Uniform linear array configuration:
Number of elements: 16
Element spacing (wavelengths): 0.25
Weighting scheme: hamming
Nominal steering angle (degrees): -15
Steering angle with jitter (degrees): -15.396
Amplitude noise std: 0.05
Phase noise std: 0.05

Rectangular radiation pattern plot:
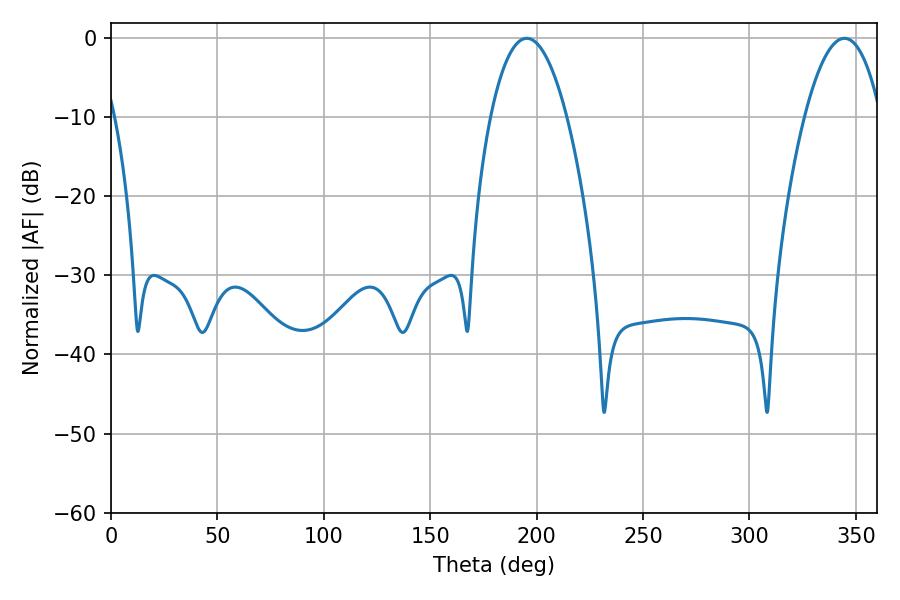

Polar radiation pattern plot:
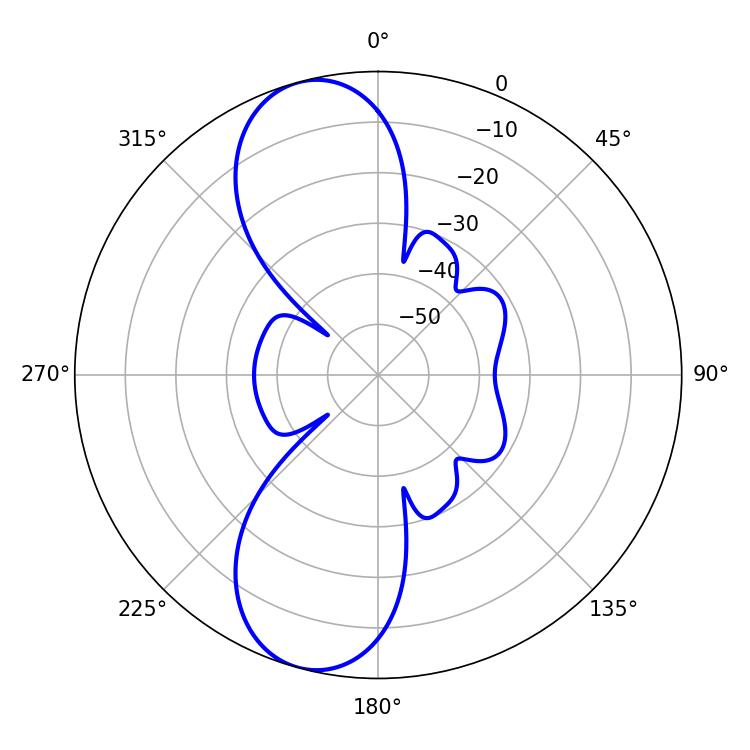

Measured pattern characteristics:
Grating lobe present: FALSE
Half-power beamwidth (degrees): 19.8
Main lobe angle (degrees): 195.3